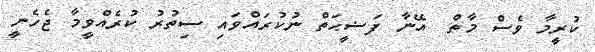
ކުރީމާ ވެސް މާތް  އޭނާ ފަޟީޙަތް ނުކުރައްވައި ސިތުރު ކުރެއްވީމާ ޖެހެނީ